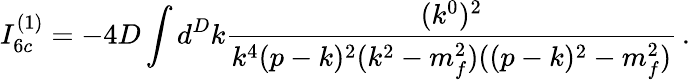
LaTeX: I_{6c}^{(1)}=-4D\int d^{D}k\frac{(k^{0})^{2}}{k^{4}(p-k)^{2}(k^{2}-m_{f}^{2})((p-k)^{2}-m_{f}^{2})}\, .